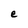
Character: e